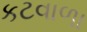
કટવાળા